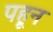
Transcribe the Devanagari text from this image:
पहून